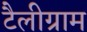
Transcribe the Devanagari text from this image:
टैलीग्राम